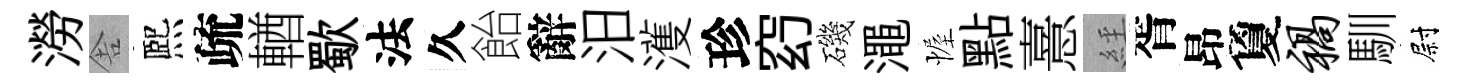
澇舎熈疏輶歜法久飴辭汨濩珍𥥆磯澠幄點憙𦀇胥昂夐祸馴尉